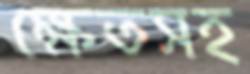
ক্ষেতসহ